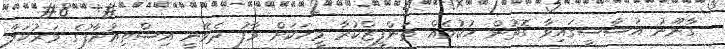
ގާނޫނު އަސާސީގައިވާ ގޮތުން ހުކުމެއް ތަންފީޒްކުރާ މީހަކަށް މާފު ދެވޭނީ އިސްތިއުނާފުގެ މަރުހަލާ